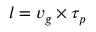
l = v _ { g } \times \tau _ { p }